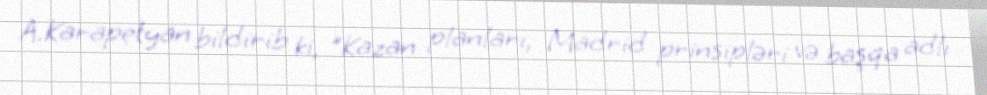
A.Karapetyan bildirib ki, "Kazan planları, Madrid prinsipləri və başqa adlı